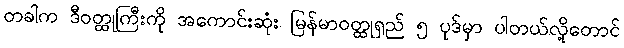
တခါက ဒီဝတ္ထုကြီးကို အကောင်းဆုံး မြန်မာဝတ္ထုရှည် ၅ ပုဒ်မှာ ပါတယ်လို့တောင်